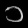
Digit: ၁